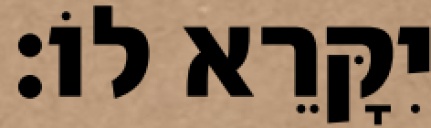
יִקָּרֵא לוֹ׃